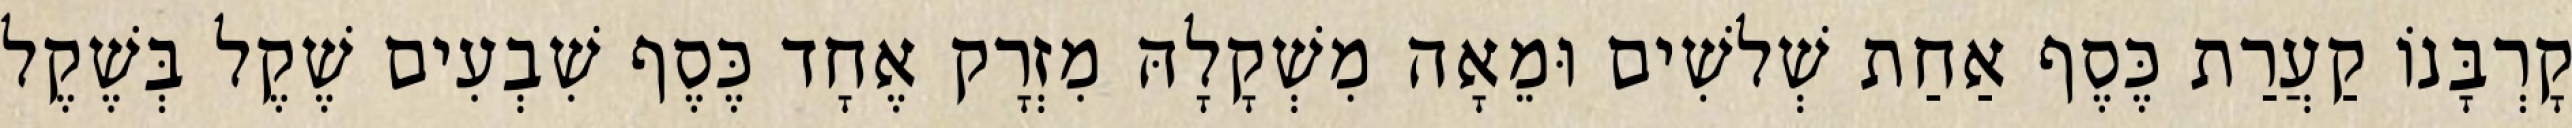
קָרְבָּנוֹ קַעֲרַת כֶּסֶף אַחַת שְׁלשִׁים וּמֵאָה מִשְׁקָלָהּ מִזְרָק אֶחָד כֶּסֶף שִׁבְעִים שֶׁקֶל בְּשֶׁקֶל